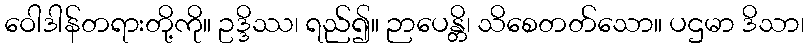
ဝေါဒါန်တရားတို့ကို။ ဥဒ္ဒိဿ၊ ရည်၍။ ဉာပေန္တိ၊ သိစေတတ်သော။ ပဌမာ ဒိသာ၊